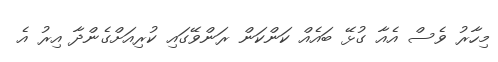
މިހާރު ވެސް އެއާ ގުޅޭ ބައެއް ކަންކަން ރަންވޭގައި ކުރިއަށްގެންދާ އިރު އެ